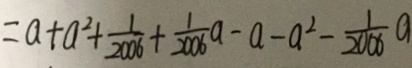
= a + a ^ { 2 } + \frac { 1 } { 2 0 0 6 } + \frac { 1 } { 2 0 0 6 } a - a - a ^ { 2 } - \frac { 1 } { 2 0 0 6 } a